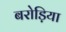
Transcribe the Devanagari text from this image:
बरोड़िया